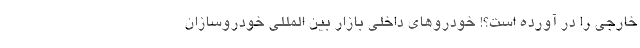
خارجی را در آورده است؟! خودروهای داخلی بازار بین المللی خودروسازان